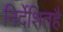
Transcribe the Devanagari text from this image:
निर्देशितहै